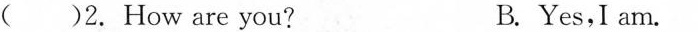
2. How are you? B. Yes,I am.